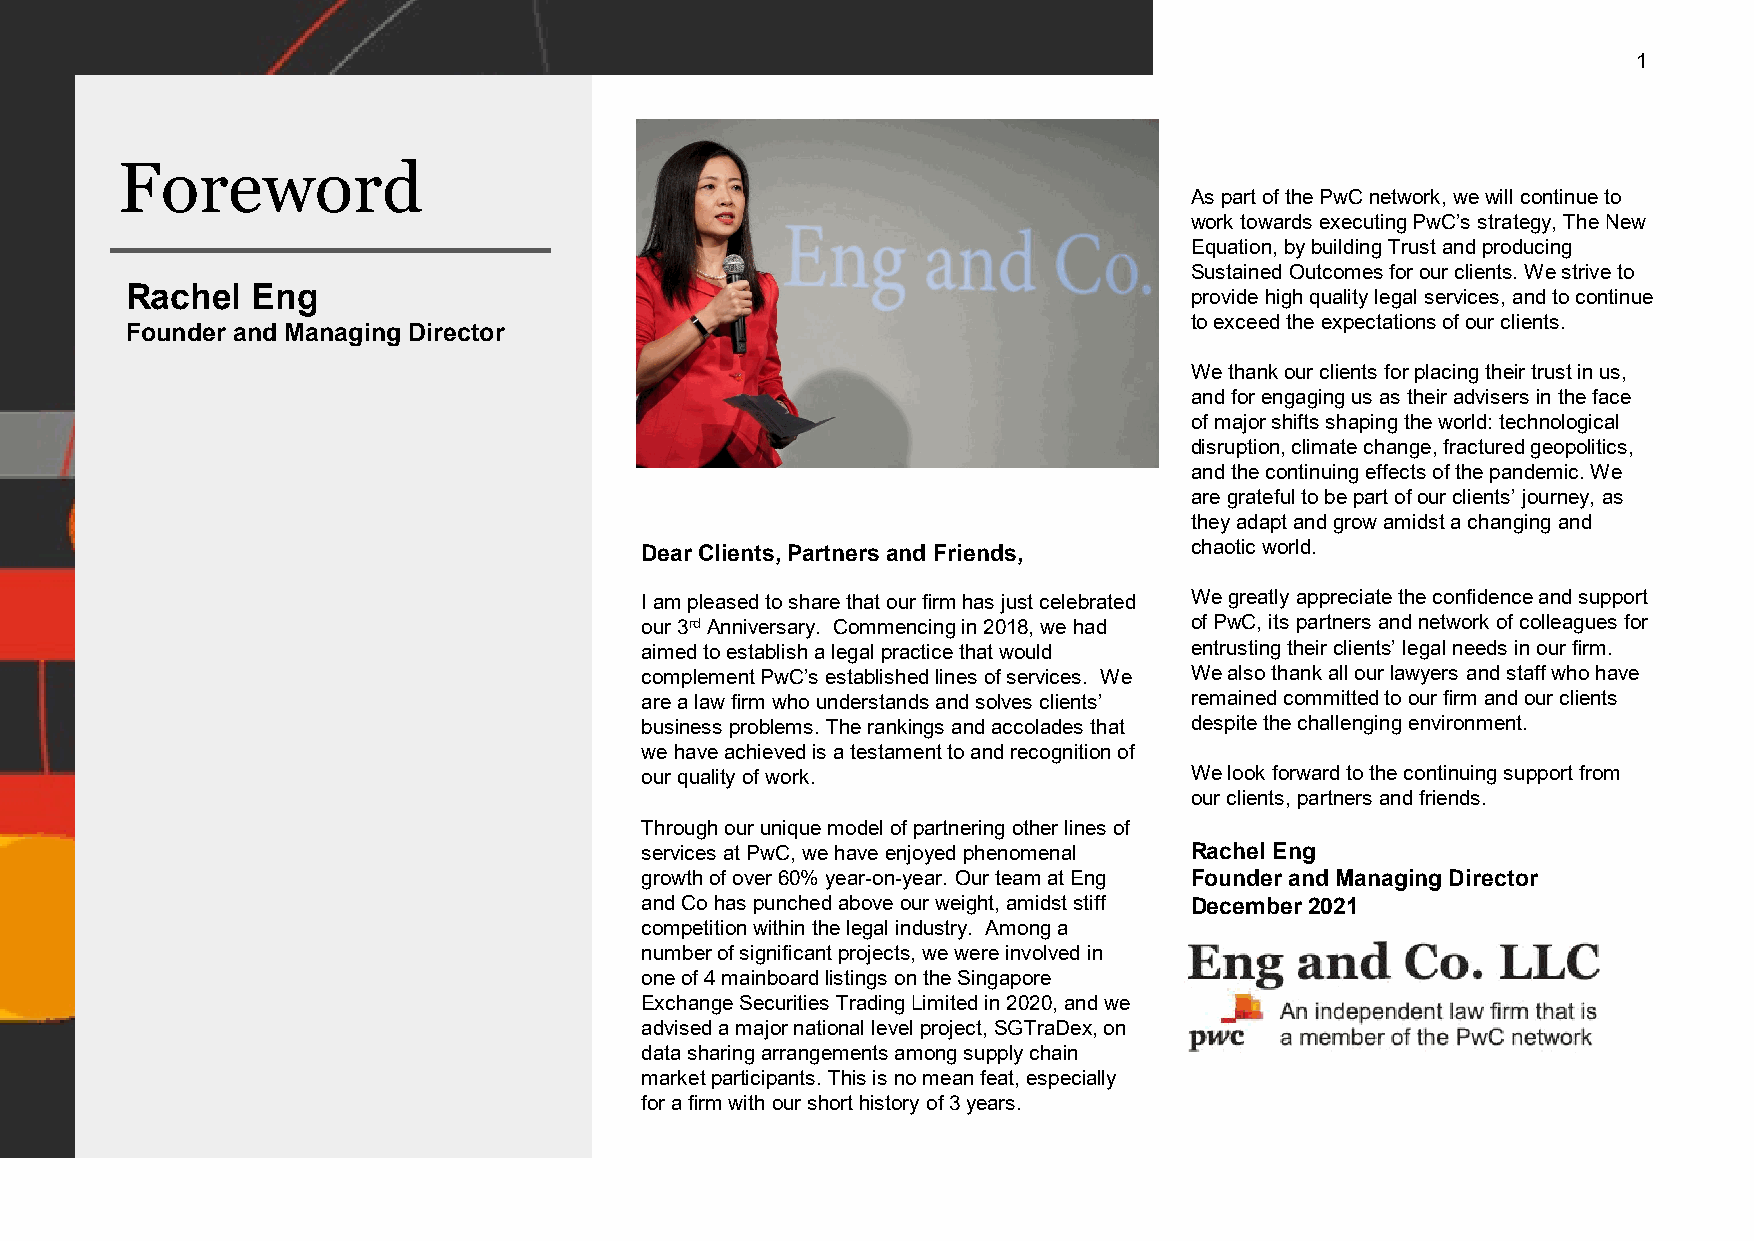
1
 Foreword
 As part of the PwC network, we will continue to
 work towards executing PwC’s strategy, The New
 Equation, by building Trust and producing
 Sustained Outcomes for our clients. We strive to
 Rachel   Eng                                                           provide high quality legal services, and to continue
 to exceed the expectations of our clients.
 Founder and Managing Director
 We thank our clients for placing their trust in us,
 and for engaging us as their advisers in the face
 of major shifts shaping the world: technological
 disruption, climate change, fractured geopolitics,
 and the continuing effects of the pandemic. We
 are grateful to be part of our clients’ journey, as
 theyadapt and grow amidst a changing and
 chaotic world.
 Dear Clients, Partners and Friends,
 I am pleased to share that our firm has just celebrated We greatly appreciate the confidence and support
 our 3rdAnniversary. Commencing in 2018, we had of PwC, its partners and network of colleagues for
 aimed to establish a legal practice that would entrusting their clients’ legal needs in our firm.
 complement PwC’s established lines of services. We We also thank all our lawyers and staff who have
 are a law firm who understands and solves clients’ remained committed to our firm and our clients
 business problems. The rankings and accolades that despite the challenging environment.
 we have achieved is a testament to and recognition of
 our quality of work.                 We look forward to the continuing support from
 our clients, partners and friends.
 Through our unique model of partnering other lines of
 services at PwC, we have enjoyed phenomenal Rachel Eng
 growth of over 60% year-on-year. Our team at Eng Founder and Managing Director
 and Co has punched above our weight, amidst stiff December 2021
 competition within the legal industry. Among a
 number of significant projects, we were involved in
 one of 4 mainboard listings on the Singapore
 Exchange Securities Trading Limited in 2020, and we
 advised a major national level project, SGTraDex, on
 data sharing arrangements among supply chain
 market participants. This is no mean feat, especially
 for a firm with our short history of 3 years.